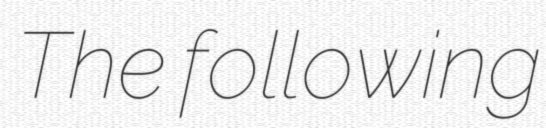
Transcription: The following